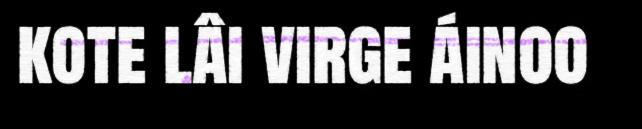
kote lâi virge áinoo